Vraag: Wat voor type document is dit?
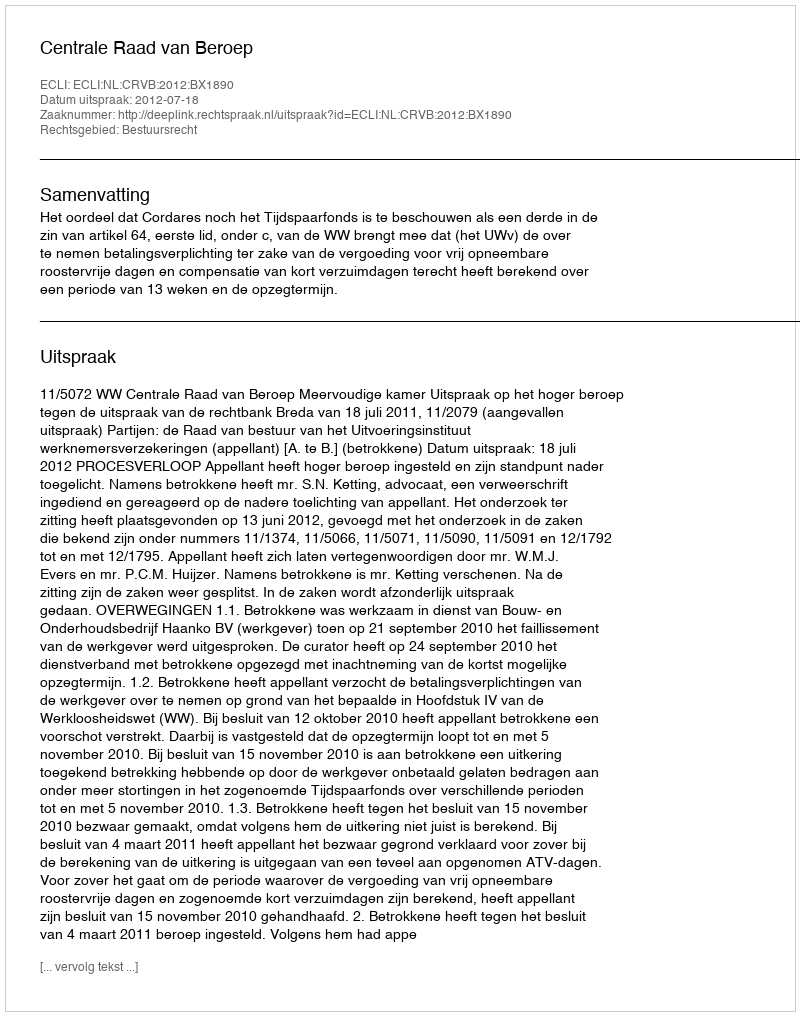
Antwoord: Uitspraak